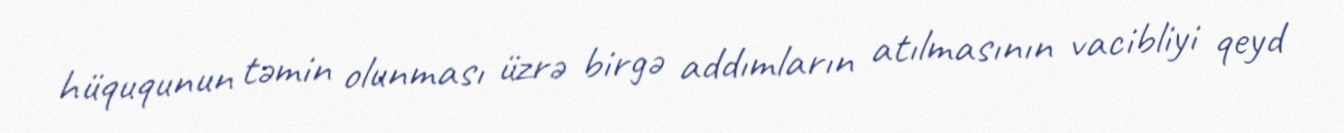
hüququnun təmin olunması üzrə birgə addımların atılmasının vacibliyi qeyd